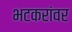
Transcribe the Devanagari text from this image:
भटकरांवर